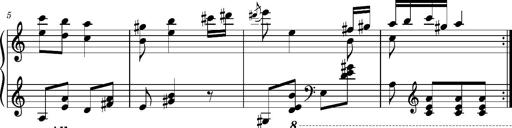
Title: Ungarischer Romanzero
Composer: Franz Liszt